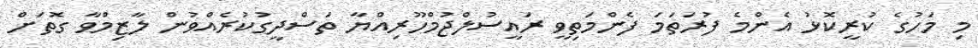
މި މަހުގެ ކުރީކޮޅު އެންމެ ފުރަތަމަ ފެންމަތިވީ ރައީސުލްޖުމްހޫރިއްޔާ ތަސްދީގުކުރެއްވުން ލާޒިމްވާ ގޮތަށް